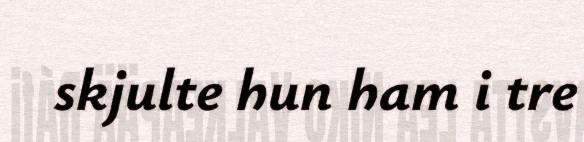
skjulte hun ham i tre